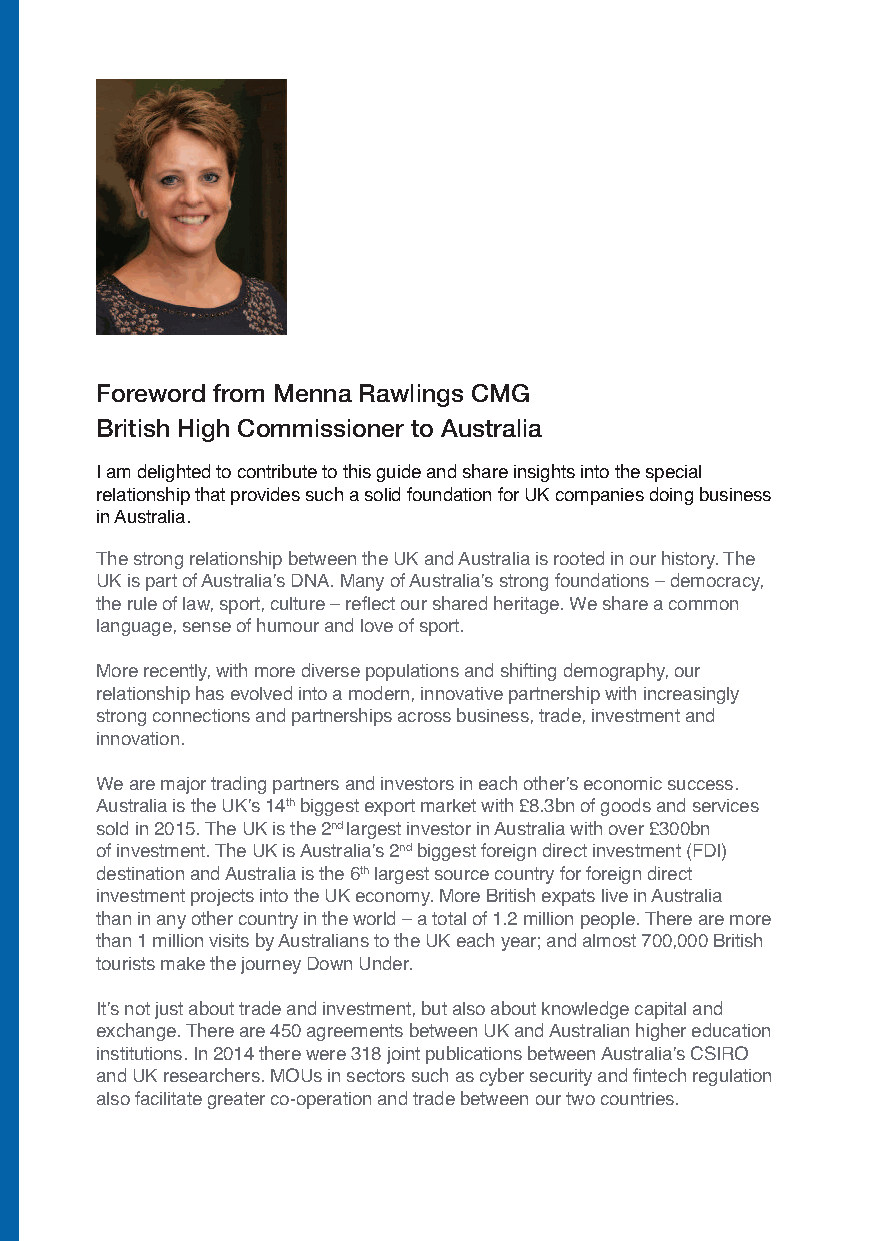
Foreword from Menna Rawlings CMG
 British High Commissioner to Australia
 I am delighted to contribute to this guide and share insights into the special
 relationship that provides such a solid foundation for UK companies doing business
 in Australia.
 The strong relationship between the UK and Australia is rooted in our history. The
 UK is part of Australia’s DNA. Many of Australia’s strong foundations – democracy,
 the rule of law, sport, culture – reflect our shared heritage. We share a common
 language, sense of humour and love of sport.
 More recently, with more diverse populations and shifting demography, our
 relationship has evolved into a modern, innovative partnership with increasingly
 strong connections and partnerships across business, trade, investment and
 innovation.
 We are major trading partners and investors in each other’s economic success.
 Australia is the UK’s 14thbiggest export market with £8.3bn of goods and services
 sold in 2015. The UK is the 2nd largest investor in Australia with over £300bn
 of investment. The UK is Australia’s 2ndbiggest foreign direct investment (FDI)
 destination and Australia is the 6thlargest source country for foreign direct
 investment projects into the UK economy. More British expats live in Australia
 than in any other country in the world – a total of 1.2 million people. There are more
 than 1 million visits by Australians to the UK each year; and almost 700,000 British
 tourists make the journey Down Under.
 It’s not just about trade and investment, but also about knowledge capital and
 exchange. There are 450 agreements between UK and Australian higher education
 institutions. In 2014 there were 318 joint publications between Australia’s CSIRO
 and UK researchers. MOUs in sectors such as cyber security and fintech regulation
 also facilitate greater co-operation and trade between our two countries.